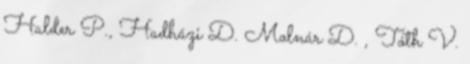
Halder P., Hadházi D. Molnár D. , Tóth V.